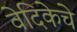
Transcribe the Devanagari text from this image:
वेदिकेचे